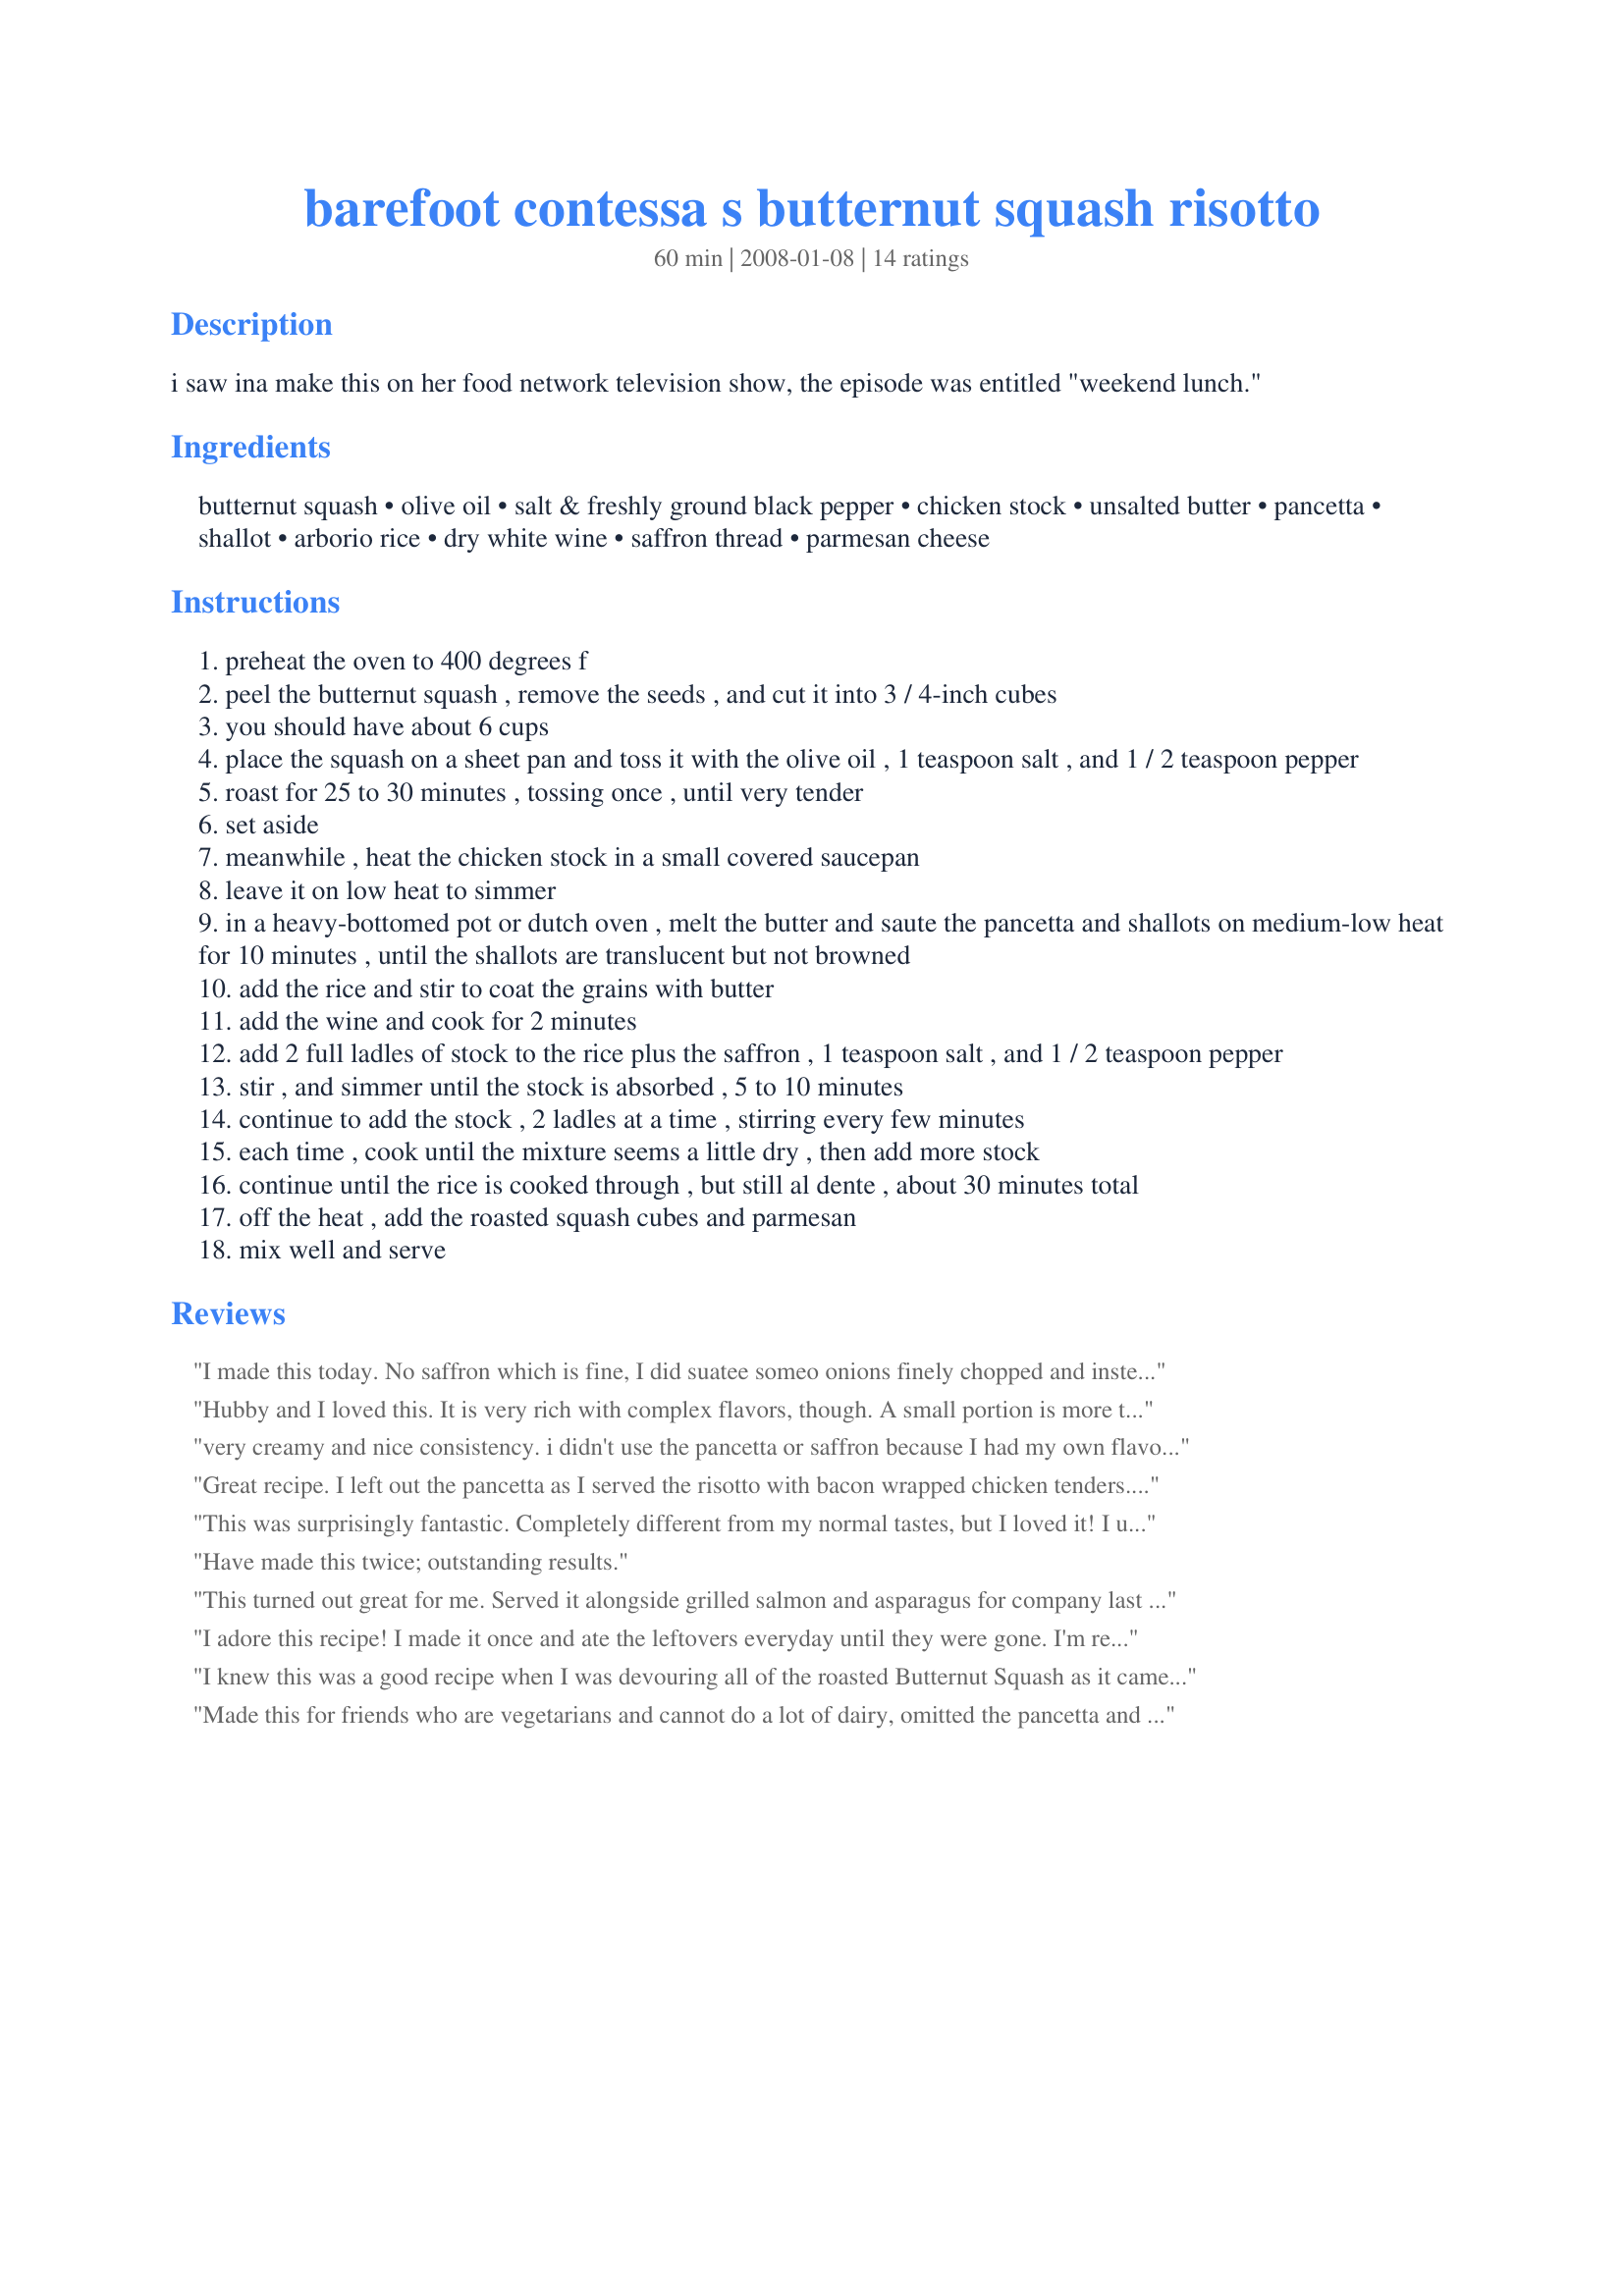
barefoot contessa s butternut squash risotto
Preparation time: 60 minutes

i saw ina make this on her food network television show, the episode was entitled "weekend lunch."

Ingredients:
butternut squash, olive oil, salt & freshly ground black pepper, chicken stock, unsalted butter, pancetta, shallot, arborio rice, dry white wine, saffron thread, parmesan cheese

Steps:
preheat the oven to 400 degrees f
peel the butternut squash , remove the seeds , and cut it into 3 / 4-inch cubes
you should have about 6 cups
place the squash on a sheet pan and toss it with the olive oil , 1 teaspoon salt , and 1 / 2 teaspoon pepper
roast for 25 to 30 minutes , tossing once , until very tender
set aside
meanwhile , heat the chicken stock in a small covered saucepan
leave it on low heat to simmer
in a heavy-bottomed pot or dutch oven , melt the butter and saute the pancetta and shallots on medium-low heat for 10 minutes , until the shallots are translucent but not browned
add the rice and stir to coat the grains with butter
add the wine and cook for 2 minutes
add 2 full ladles of stock to the rice plus the saffron , 1 teaspoon salt , and 1 / 2 teaspoon pepper
stir , and simmer until the stock is absorbed , 5 to 10 minutes
continue to add the stock , 2 ladles at a time , stirring every few minutes
each time , cook until the mixture seems a little dry , then add more stock
continue until the rice is cooked through , but still al dente , about 30 minutes total
off the heat , add the roasted squash cubes and parmesan
mix well and serve

Reviews:
I made this today. No saffron which is fine, I did suatee someo onions finely chopped and insteady of butter I used some truffle oil. This is such a good rice dish.
Hubby and I loved this. It is very rich with complex flavors, though. A small portion is more than enough. My pancetta was thin sliced, but that didn't seem to make a difference with the prep. I might have added too much saffron, and honestly the bright yellow color did shock me a little, but the overall dish was fabulous.
very creamy and nice consistency. i didn't use the pancetta or saffron because I had my own flavor in mind and was using this as a base--but I wish did.
Great recipe. I left out the pancetta as I served the risotto with bacon wrapped chicken tenders. The saffron, which I bought on a spice market in Dubai, was a great addition and not overpowering at all. I found 6 tbs butter a bit much so used only 3.

I guess it depends on the stock you use but I really did not need to add extra salt. So watch out with addition until close to the end after tasting.

The butternut just out of the oven is already delicious the way it is! I will be remembering it as a side dish on itself.
This was surprisingly fantastic. Completely different from my normal tastes, but I loved it! I used bacon and olive oil instead of butter, and it turned out great. I sampled it along the way and did not like the saffron taste at all, but it all came together with the squash and cheese. Delicious! Next time, I'll leave out the super-expensive saffron, since I didn't like its flavor.
Have made this twice; outstanding results.
This turned out great for me. Served it alongside grilled salmon and asparagus for company last night and everyone raved! Thanks for posting!
I adore this recipe! I made it once and ate the leftovers everyday until they were gone. I'm revisiting to put the ingredients back on my shopping list. Lots of depth of flavor - warm, cozy comfort food at its best!
I knew this was a good recipe when I was devouring all of the roasted Butternut Squash as it came out of the oven! This is heavenly and complete and utter comfort food at it's best. My children wouldn't eat it, but hey, it didn't spoil the 5 stars for me and hubby. Thank you Ina (Barefoot Contessa)!!
Made this for friends who are vegetarians and cannot do a lot of dairy, omitted the pancetta and substituted vegetable broth for the chicken. It was a hit!! My son is gluten free so this was perfect for him as well!!
I just made this recently and it was awesome! I've never had butternut squash before, but I think I'll be cooking with it more now. I left out the wine and saffron and it was delicious.
Delicious! Didn't have enough parmesan cheese, but substituting a bit of asiago did the trick. Also didn't have any pancetta but the dish still turned out to be amazing.
This was soooooo good. I served it with poached halibut and it was a perfect pairing. I cooked the cubed squash in butter in the oven until slightly tender....don't overcook. I used bacon and set it and the squash aside. Use good quality or homemade stock as this is a critical ingredient in the dish. It was really rather simple and I've always kind of been afraid of risotto but just kept an eye on it and added stock when it was almost gone. A heavy bottomed pot helps too. I folded in the squash and bacon at the very end and let it warm and served with the cheese and it looked just like the picture. Creamy and rich with the healthy squash for a perfect match with a quality yet somewhat plain piece of meat. I'll be making it again and again.
This is so good! More than 5 stars!
Thanks for posting.
